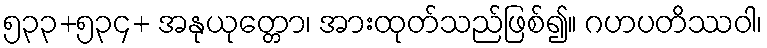
၅၃၃+၅၃၄+ အနုယုတ္တော၊ အားထုတ်သည်ဖြစ်၍။ ဂဟပတိဿဝါ၊